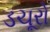
ડચૂરો